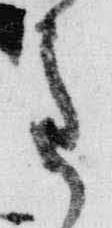
重